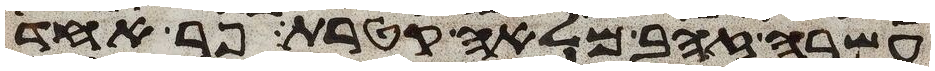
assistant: עשרה זהב מלאה קטרת פר אחד